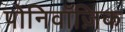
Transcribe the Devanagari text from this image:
पोनिवॉज़िक